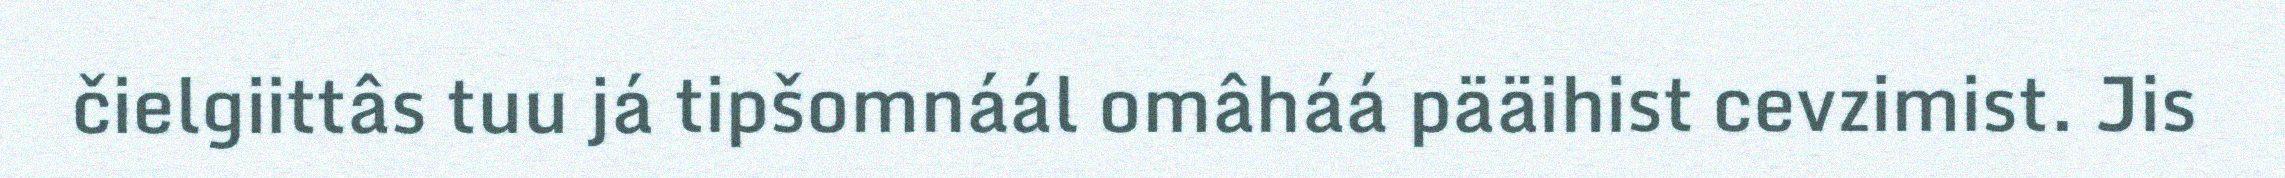
čielgiittâs tuu já tipšomnáál omâháá pääihist cevzimist. Jis